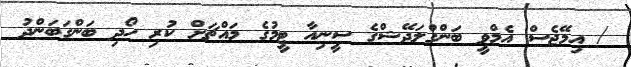
/ އިމޭޖެސް އެމްވީ ބަންގްލަދޭޝްގެ ސީނިއާ ޓީމުގެ މައްޗަށް ކުރި ހޯދި ބަންގަބަންދު